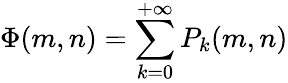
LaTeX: \Phi(m,n)=\sum_{k=0}^{+\infty}P_{k}(m,n)